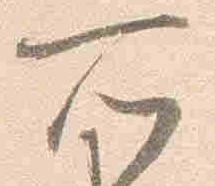
所